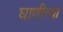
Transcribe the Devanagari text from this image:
घाणीच्या